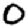
Digit: 0